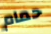
حمام